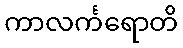
ကာလင်္ကရောတိ